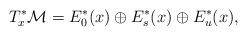
LaTeX: \begin{align*} T_x^\ast\mathcal{M}=E^*_0(x)\oplus E^*_s(x)\oplus E^*_u(x),\end{align*}